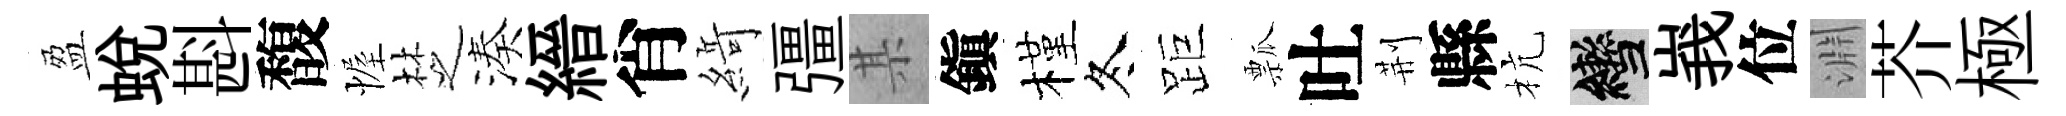
盈蛻斟馥幄椘湊縉肖𦂶彊某鎭槿冬距瓢吐荆縣杭轡峩位淵芥極